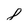
Character: 8